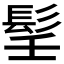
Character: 𩬎